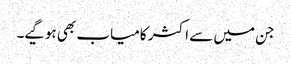
جن میں سے اکثر کامیاب بھی ہوگیے۔